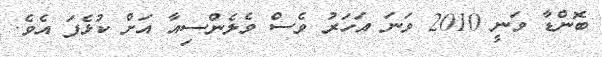
ބޮންޑާ ވަނީ 2010 ވަނަ އަހަރު ވެސް ވެލެންސިއާ އަށް ކުޅެފަ އެވެ.